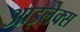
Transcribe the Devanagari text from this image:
आइलेक्स